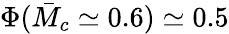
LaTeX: \Phi(\bar{M}_{c}\simeq 0.6)\simeq 0.5